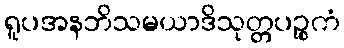
ရူပအနဘိသမယာဒိသုတ္တပဉ္စကံ